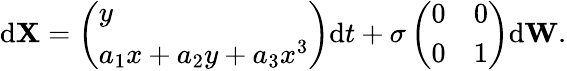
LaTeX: \mathrm d\mathbf X=\left(\begin{array}{l}{y}\\ {a_{1}x+a_{2}y+a_{3}x^{3}}\end{array}\right)\mathrm dt+\sigma\left(\begin{array}{ll}{0}&{0}\\ {0}&{1}\end{array}\right)\mathrm d\mathbf W.